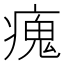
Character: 瘣